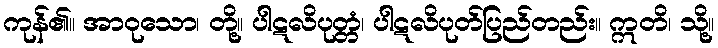
ကုန်၏။ အာဝုသော၊ တို့။ ပါဋလိပုတ္တံ၊ ပါဋလိပုတ်ပြည်တည်း။ ဣတိ၊ သို့။